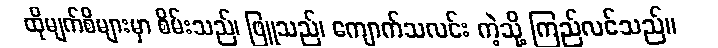
ထိုမျက်စိများမှာ စိမ်းသည်၊ ဖြူသည်၊ ကျောက်သလင်း ကဲ့သို့ ကြည်လင်သည်။